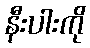
နီးပါးကို